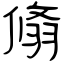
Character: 翛